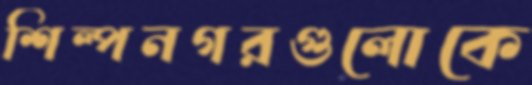
শিল্পনগরগুলোকে